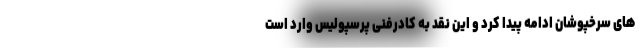
های سرخپوشان ادامه پیدا کرد و این نقد به کادرفنی پرسپولیس وارد است